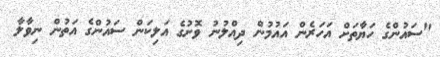
"ސައުންގެ ހަޔާތަށް އަހަރެން އައުމުން ދިއްލުނު ވޮށުގެ އަލިކަން ސައުންގެ އަތުން ނިވާލާ